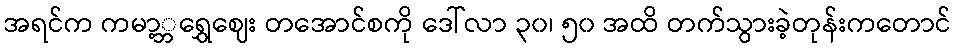
အရင်က ကမာ့္ဘရွှေဈေး တအောင်စကို ဒေါ်လာ ၃၀၊ ၅၀ အထိ တက်သွားခဲ့တုန်းကတောင်